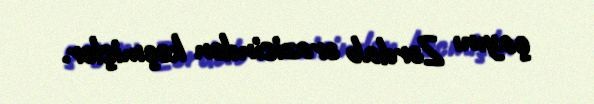
çayını Zərdab ərazisindən keçmişlər.